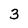
Character: 3